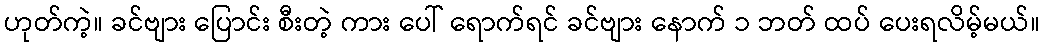
ဟုတ်ကဲ့။ ခင်ဗျား ပြောင်း စီးတဲ့ ကား ပေါ် ရောက်ရင် ခင်ဗျား နောက် ၁ ဘတ် ထပ် ပေးရလိမ့်မယ်။